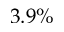
3 . 9 \%